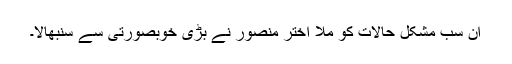
ان سب مشکل حالات کو ملا اختر منصور نے بڑی خوبصورتی سے سنبھالا۔